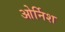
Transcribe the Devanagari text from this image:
ओर्निश